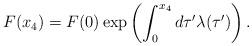
LaTeX: \begin{align*}F(x_4) = F(0) \exp \left( \int^{x_4}_0 d \tau' \lambda(\tau') \right).\end{align*}